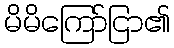
မိမိကြော်ငြာ၏